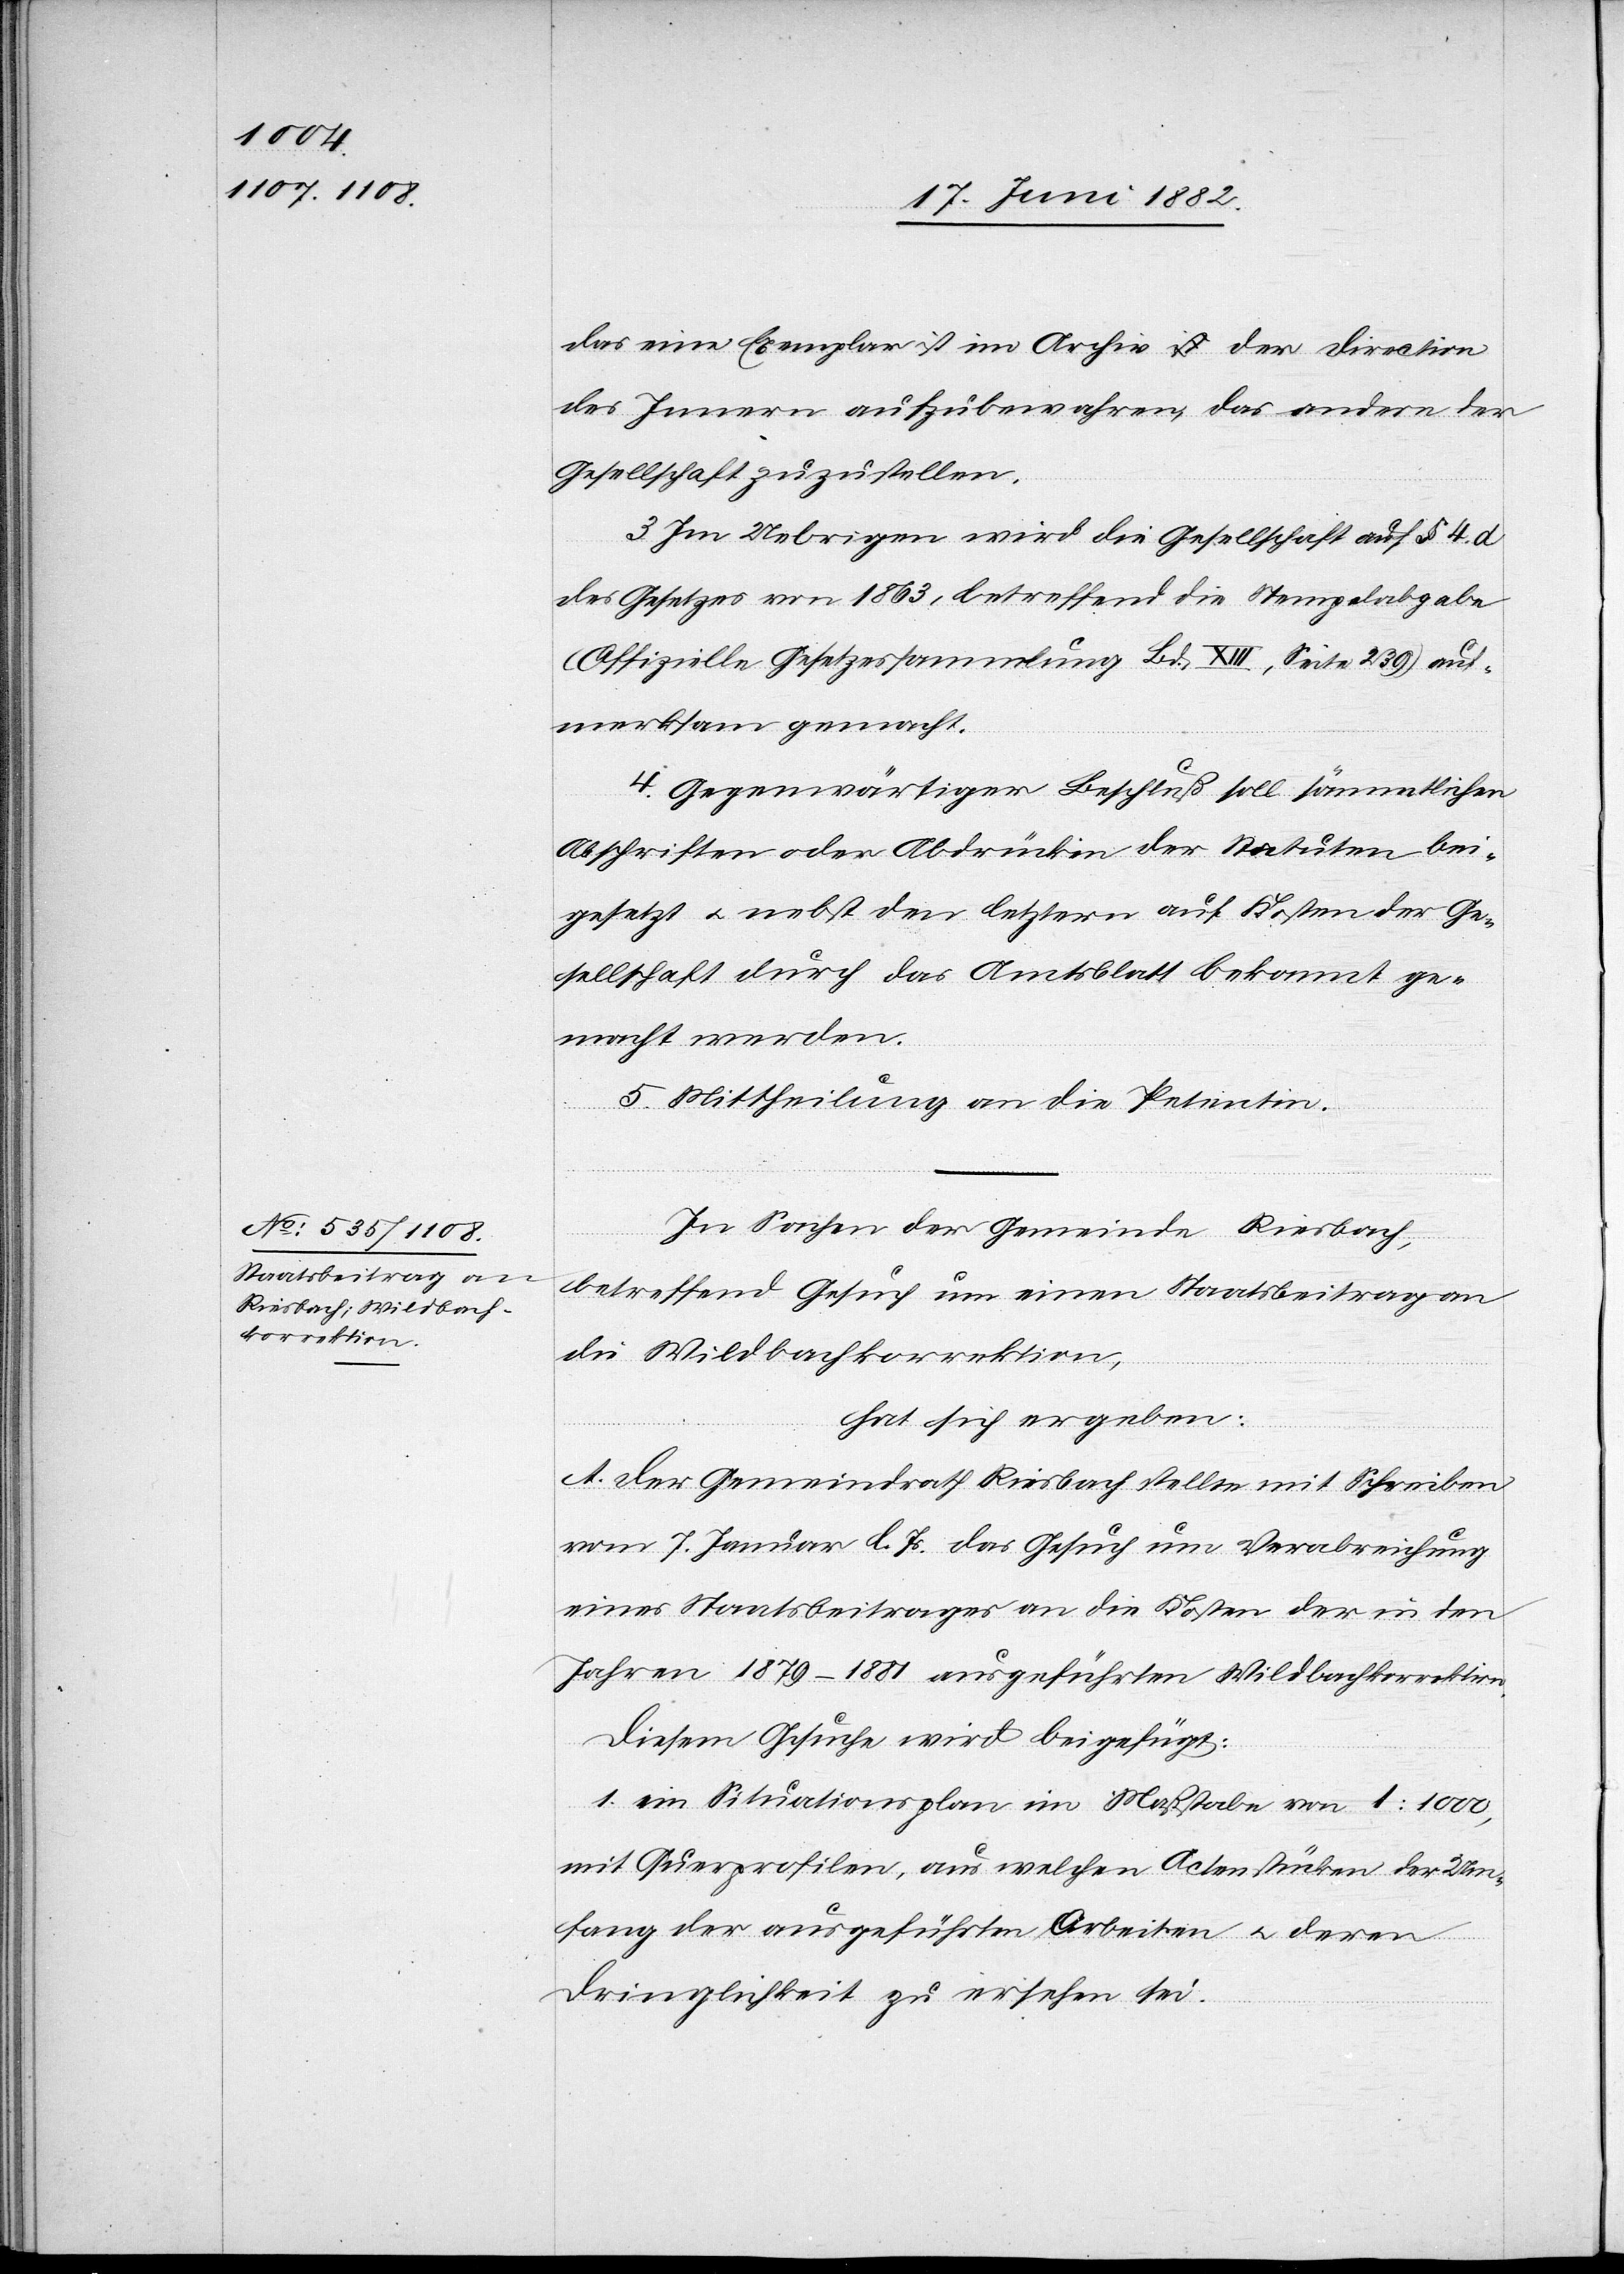
das eine Exemplar ist im Archiv der Direction
des Innern aufzubewahren, das andere der
Gesellschaft zuzustellen.
3. Im Uebrigen wird die Gesellschaft auf § 4 d
des Gesetzes von 1863, betreffend die Stempelabgabe
(Offizielle Gesetzessammlung Bd. XIII, Seit 239) auf¬
merksam gemacht.
4. Gegenwärtiger Beschluß soll sämmtlichen
Abschriften oder Abdrücken der Statuten bei¬
gesetzt u. nebst den letztern auf Kosten der Ge¬
sellschaft durch das Amtsblatt bekannt ge¬
macht werden.
5. Mittheilung an die Petentin.
In Sachen der Gemeinde Riesbach,
betreffend Gesuch um einen Staatsbeitrag an
die Wildbachkorrektion,
hat sich ergeben:
A. Der Gemeindrath Riesbach stellt mit Schreiben
vom 7. Januar l. Js. das Gesuch um Verabreichung
eines Staatsbeitrages an die Kosten der in den
Jahren 1879–1881 ausgeführten Wildbachkorrektion.
Diesem Gesuche wird beigefügt:
1. ein Situationsplan im Maßstabe von 1:1000,
mit Querprofilen, aus welchen Actenstücken der Um¬
fang der ausgeführten Arbeiten u. deren
Dringlichkeit zu ersehen sein.